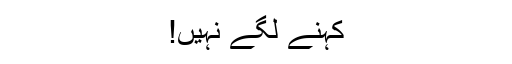
کہنے لگے نہیں!